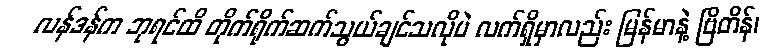
လန်ဒန်က ဘုရင်ထိ တိုက်ရိုက်ဆက်သွယ်ချင်သလိုပဲ လက်ရှိမှာလည်း မြန်မာနဲ့ ဗြိတိန်၊